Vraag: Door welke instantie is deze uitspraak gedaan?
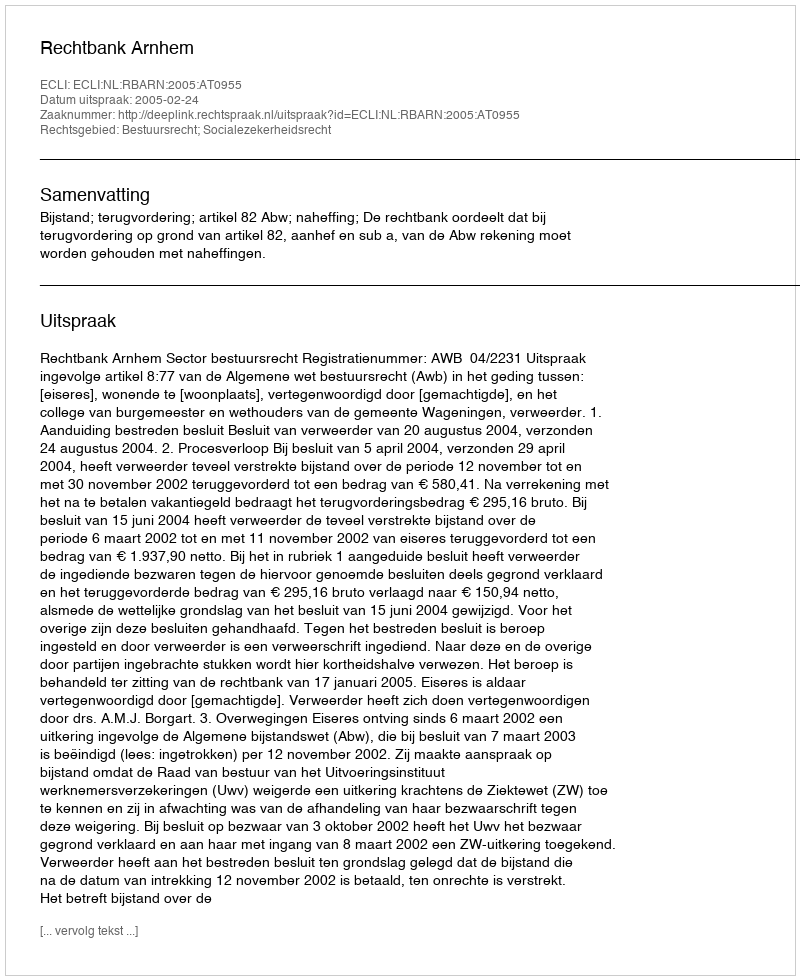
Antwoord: Rechtbank Arnhem